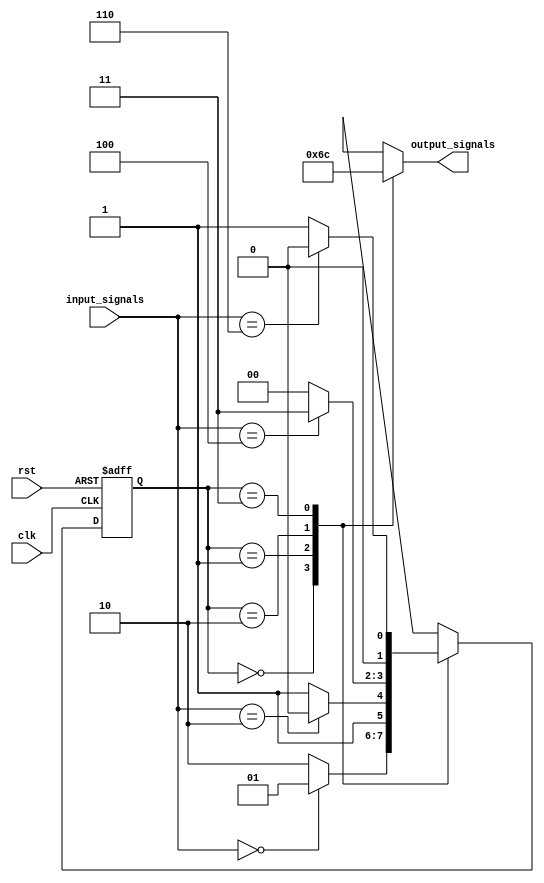
module fsm(
    input wire clk,
    input wire rst,
    input wire [N-1:0] input_signals,
    output reg [M-1:0] output_signals
);

parameter N = 3; // number of input signals
parameter M = 2; // number of output signals

// state variables
reg [1:0] current_state;
reg [1:0] next_state;

// state transition conditions
parameter STATE_A = 2'b00;
parameter STATE_B = 2'b01;
parameter STATE_C = 2'b10;
parameter STATE_D = 2'b11;

always @(posedge clk or posedge rst) begin
    if(rst) begin
        current_state <= STATE_A;
    end else begin
        current_state <= next_state;
    end
end

// output logic
always @* begin
    case(current_state)
        STATE_A: begin
            output_signals <= 2'b01;
        end
        STATE_B: begin
            output_signals <= 2'b10;
        end
        STATE_C: begin
            output_signals <= 2'b11;
        end
        STATE_D: begin
            output_signals <= 2'b00;
        end
        default: begin
            output_signals <= 2'b00;
        end
    endcase
end

// next state logic
always @* begin
    case(current_state)
        STATE_A: begin
            if(input_signals == 3'b000)
                next_state = STATE_B;
            else
                next_state = STATE_C;
        end
        STATE_B: begin
            if(input_signals == 3'b010)
                next_state = STATE_C;
            else
                next_state = STATE_D;
        end
        STATE_C: begin
            if(input_signals == 3'b100)
                next_state = STATE_D;
            else
                next_state = STATE_A;
        end
        STATE_D: begin
            if(input_signals == 3'b110)
                next_state = STATE_A;
            else
                next_state = STATE_B;
        end
        default: begin
            next_state = STATE_A;
        end
    endcase
end

endmodule